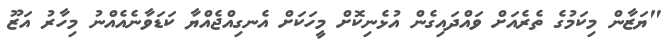
"ޔަޒާން މިކަމުގެ ތެރެއަށް ވައްދައިގެން އުޅެނިކޮށް މީހަކަށް އެނގިއްޖެއްޔާ ކަޑަވާނެއެއްނު މިހާރު އަޒޫ